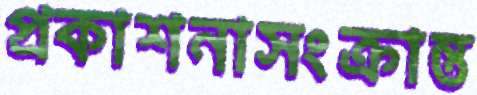
প্রকাশনাসংক্রান্ত